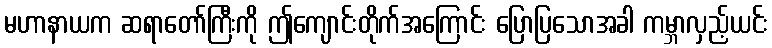
မဟာနာယက ဆရာတော်ကြီးကို ဤကျောင်းတိုက်အကြောင်း ပြောပြသောအခါ ကမ္ဘာလှည့်ယင်း